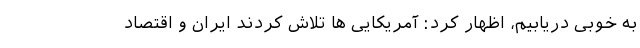
به خوبی دریابیم، اظهار کرد: آمریکایی ها تلاش کردند ایران و اقتصاد